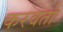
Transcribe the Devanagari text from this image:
करवतो